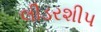
લીડરશીપ